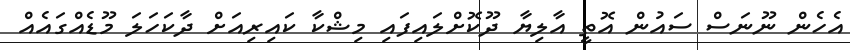
އެހެން ނޫނަސް ސައުން އޮތީ އާލިޔާ ދޫކޮށްލައިފައި މިޝްކާ ކައިރިއަށް ދާކަހަލަ މޫޑެއްގައެއް